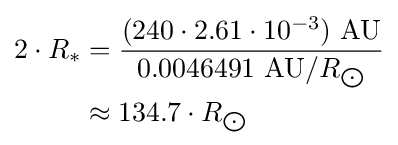
{\begin{aligned}2\cdot R_{*}&={\frac {(240\cdot 2.61\cdot 10^{-3})\ {\text{AU}}}{0.0046491\ {\text{AU}}/R_{\bigodot }}}\\&\approx 134.7\cdot R_{\bigodot }\end{aligned}}